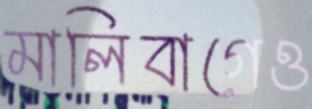
মালিবাগেও